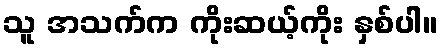
သူ အသက်က ကိုးဆယ့်ကိုး နှစ်ပါ။